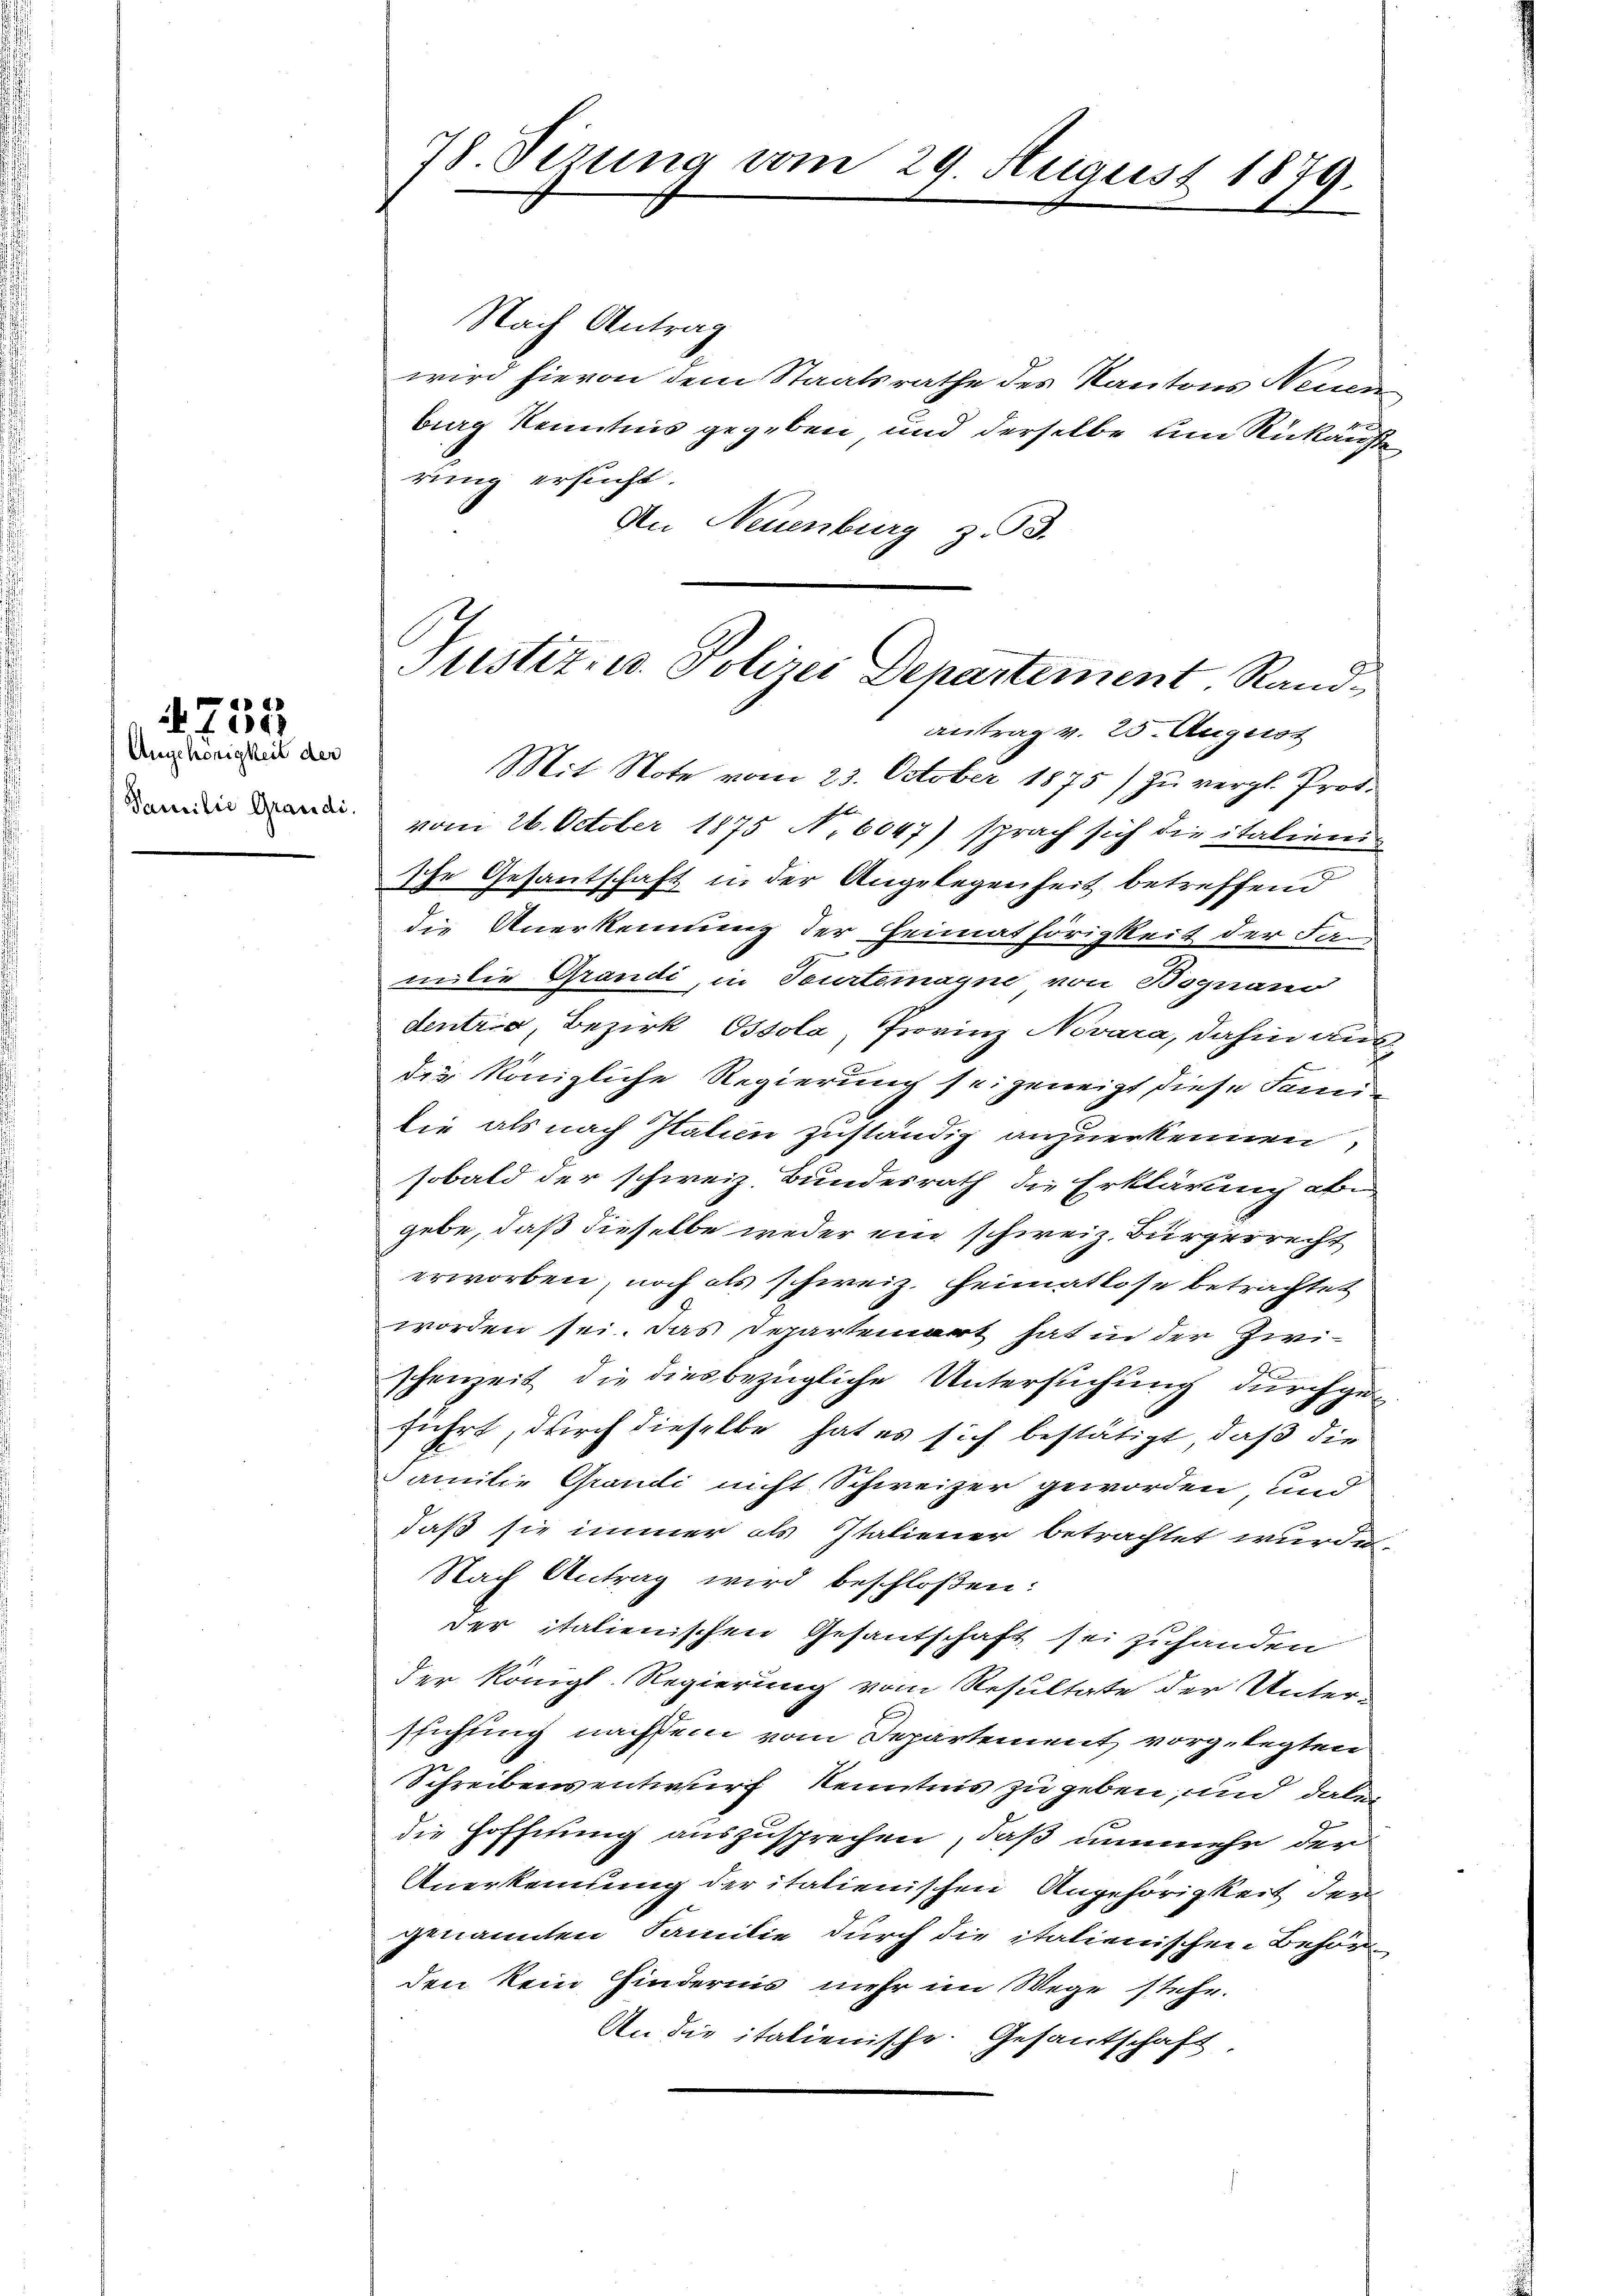
Angehörigkeit der
Familie Grandi.

4755

78. Sizung vom 29. August 1879.

Nach Antrag
wird hievon dem Staatsrathe des Kantons Neuen
burg Kenntnis gegeben und derselbe um Rückaufte
rung ersucht.
An Neuenburg z. B.
Antrag v. 25. August
Mit Note vom 23. October 1875) zu vergl. Prof.
vom 26. October 1875 No 6047) sprach sich die italienische Gesantschaft in der Angelegenheit betreffend
die Anerkennung der Heimathörigkeit der Familie Grandi, in Teurtemayne von Bognano
dentia, Bezirk Ossola, Trovinz Novara, dahin aus
der Königliche Regierung sei geneigt, diese Famidie als nach Italien zuständig anzuerkennen,
sobald der schweiz. Bundesrath die Erklärung abe
gebe, daß dieselbe weder ein schweiz. Bürgerrecht
erworben, noch als schweiz. Heimatlose betrachtet
worden sei. Das Departement hat in der Zwi-
schenzeit die diesbezügliche Untersuchung durchgeführt, durch dieselbe hat es sich bestätigt, daß die
Familie Grandi nicht Schweizer geworden, und
daß sie immer als Italiener betrachtet wurde,
Nach Antrag wird beschloßen:
der italienischen Gesantschaft sei zuhanden
der Königl. Regierung vom Resultate der Unter-
stichung nachdem vom Departement vorgelegten
Schreibens entwurf Kenntnis zu geben, und dabei
die Hoffnung auszusprechen, daß nunmehr der
Anerkennung der italienischen Angehörigkeit der
genannten Familie durch die italienischen Behör
den kein Hindernis mehr im Wege stehe.
An die italienische Gesandschaft,

Justiz- u. Polizei Departement, Rand¬